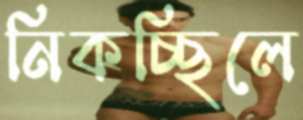
নিকচ্ছিলে